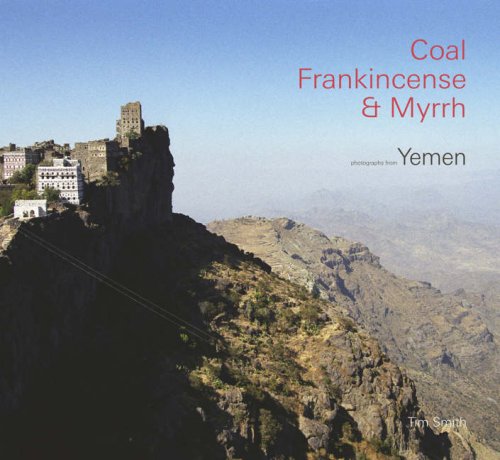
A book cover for Coal, Frankincense and Myrrh: Yemen and British Yemenis; Tim Smith; Travel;